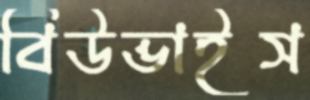
বিউভাইস